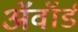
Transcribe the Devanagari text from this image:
अॅवॉर्ड